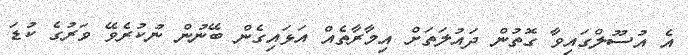
އެ އުސޫލްގައިވާ ގޮތުން ދައުލަތަށް އިމާރާތެއް އަޅައިގެން ބޭނުން ނުކުރެވޭ ވަރުގެ ކުޑަ